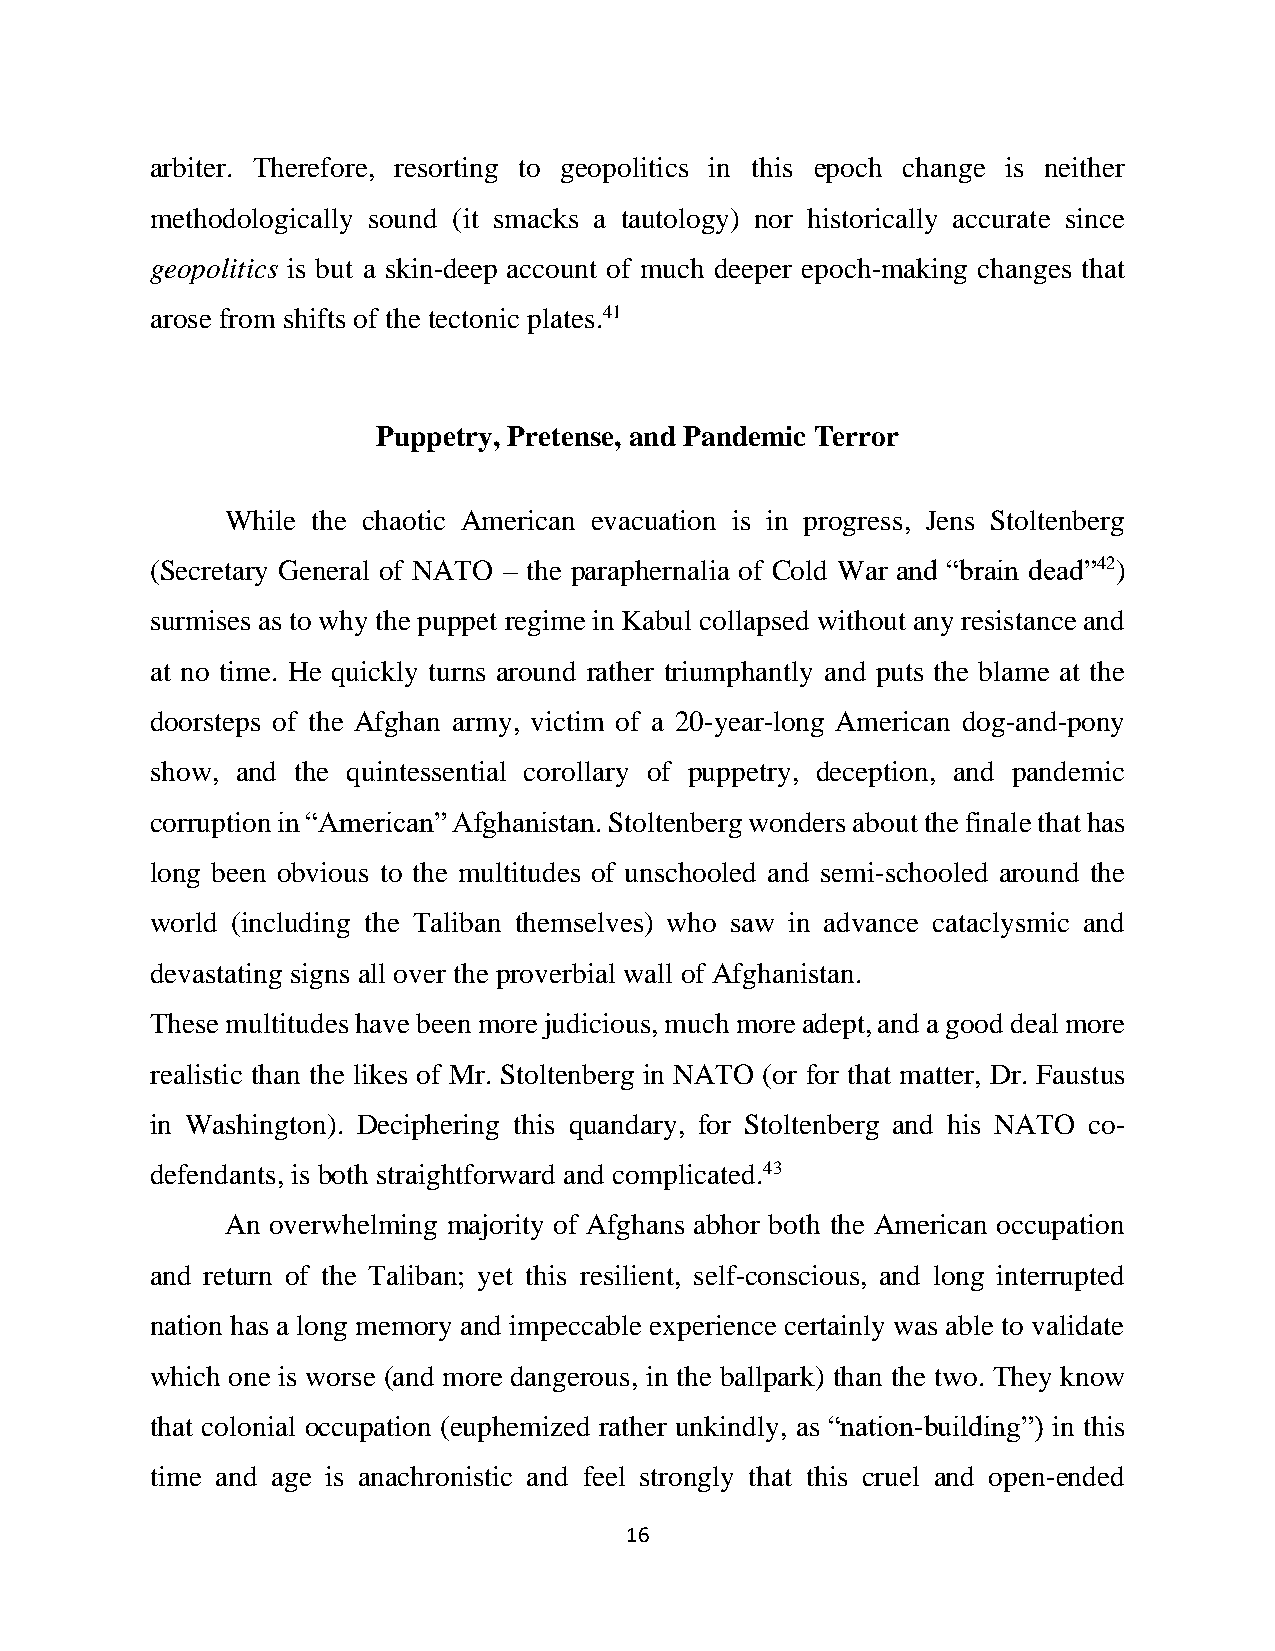
arbiter. Therefore, resorting to geopolitics in this epoch change is neither
 methodologically sound (it smacks a tautology) nor historically accurate since
 geopolitics is but a skin-deep account of much deeper epoch-making changes that
 arose from shifts of the tectonic plates.41
 Puppetry, Pretense, and Pandemic Terror
 While the chaotic American evacuation is in progress, Jens Stoltenberg
 (Secretary General of NATO – the paraphernalia of Cold War and “brain dead”42)
 surmises as to why the puppet regime in Kabul collapsed without any resistance and
 at no time. He quickly turns around rather triumphantly and puts the blame at the
 doorsteps of the Afghan army, victim of a 20-year-long American dog-and-pony
 show, and the quintessential corollary of puppetry, deception, and pandemic
 corruption in “American” Afghanistan. Stoltenberg wonders about the finale that has
 long been obvious to the multitudes of unschooled and semi-schooled around the
 world (including the Taliban themselves) who saw in advance cataclysmic and
 devastating signs all over the proverbial wall of Afghanistan.
 These multitudes have been more judicious, much more adept, and a good deal more
 realistic than the likes of Mr. Stoltenberg in NATO (or for that matter, Dr. Faustus
 in Washington). Deciphering this quandary, for Stoltenberg and his NATO co-
 defendants, is both straightforward and complicated.43
 An overwhelming majority of Afghans abhor both the American occupation
 and return of the Taliban; yet this resilient, self-conscious, and long interrupted
 nation has a long memory and impeccable experience certainly was able to validate
 which one is worse (and more dangerous, in the ballpark) than the two. They know
 that colonial occupation (euphemized rather unkindly, as “nation-building”) in this
 time and age is anachronistic and feel strongly that this cruel and open-ended
 16